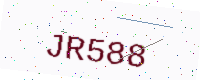
Text: JR588